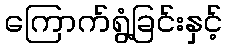
ကြောက်ရွံ့ခြင်းနှင့်